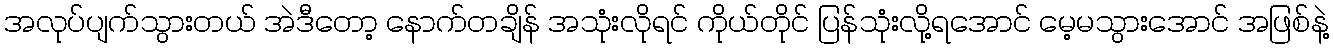
အလုပ်ပျက်သွားတယ် အဲဒီတော့ နောက်တချိန် အသုံးလိုရင် ကိုယ်တိုင် ပြန်သုံးလို့ရအောင် မေ့မသွားအောင် အဖြစ်နဲ့